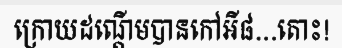
ក្រោយដណ្តើមបានកៅអី៨...តោះ!